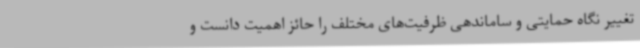
تغییر نگاه حمایتی و ساماندهی ظرفیت‌های مختلف را حائز اهمیت دانست و